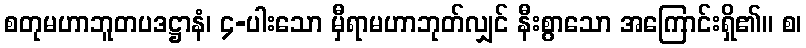
စတုမဟာဘူတပဒဋ္ဌာနံ၊ ၄-ပါးသော မှီရာမဟာဘုတ်လျှင် နီးစွာသော အကြောင်းရှိ၏။ စ၊